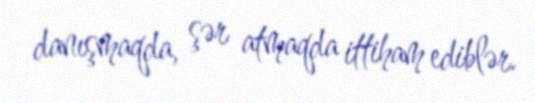
danışmaqda, şər atmaqda ittiham ediblər.